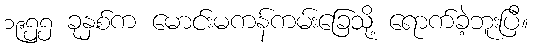
၁၉၅၅ ခုနှစ်က မောင်းမကန်ကမ်းခြေသို့ ရောက်ခဲ့ဘူးပြီ။